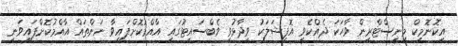
އިކޮނޮމިކް މިނިސްޓްރީން ވާހަކަ ދެއްކެވި އޮފިޝަލަކު ވިދާޅުވީ ވެބްސައިޓުގައި އާއްމުކޮށްފައިވާ ނަންތައް އާއްމުކޮށްފައިވަނީ